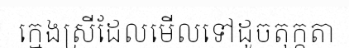
ក្មេងស្រីដែលមើលទៅដូចតុក្កតា